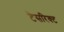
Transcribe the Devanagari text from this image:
टेसरिक्ट